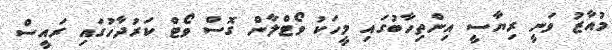
މުއާޒު ވަނީ ރިޔާސީ އިންތިހާބުގައި މީހަކު ވޯޓްލާން ގޮސް ވޯޓް ކަރުދާހުގައި ރައީސް